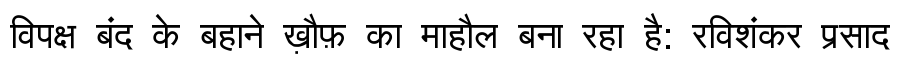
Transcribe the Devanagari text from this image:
विपक्ष बंद के बहाने ख़ौफ़ का माहौल बना रहा है: रविशंकर प्रसाद